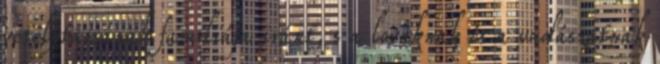
vetélytársának famíliája iránt, s a lovaknak és a vadászatnak